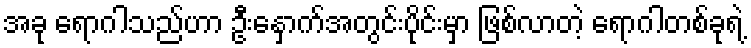
အခု ရောဂါသည်ဟာ ဦးနှောက်အတွင်းပိုင်းမှာ ဖြစ်လာတဲ့ ရောဂါတစ်ခုရဲ့